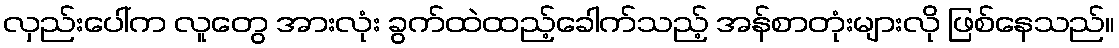
လှည်းပေါ်က လူတွေ အားလုံး ခွက်ထဲထည့်ခေါက်သည့် အန်စာတုံးများလို ဖြစ်နေသည်။